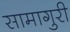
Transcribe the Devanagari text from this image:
सामागुरी